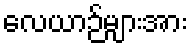
လေယာဉ်များအား